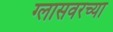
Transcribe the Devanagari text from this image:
ग्लासवरच्या